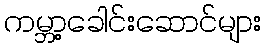
ကမ္ဘာ့ခေါင်းဆောင်များ